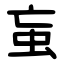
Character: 䖟